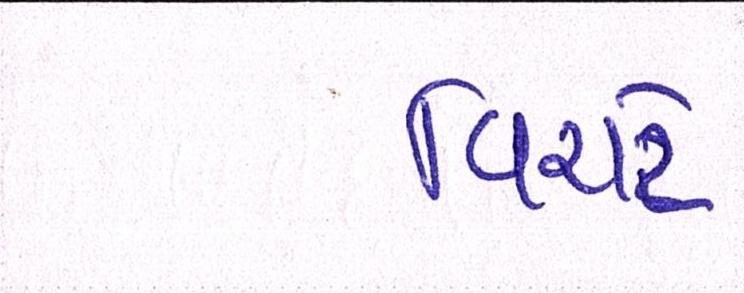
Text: વિરાટે